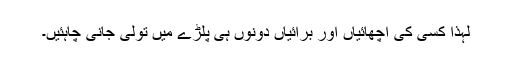
لہٰذا کسی کی اچھائیاں اور برائیاں دونوں ہی پلڑے میں تولی جانی چاہئیں۔